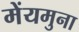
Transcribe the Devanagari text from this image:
मेंयमुना